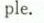
ple.